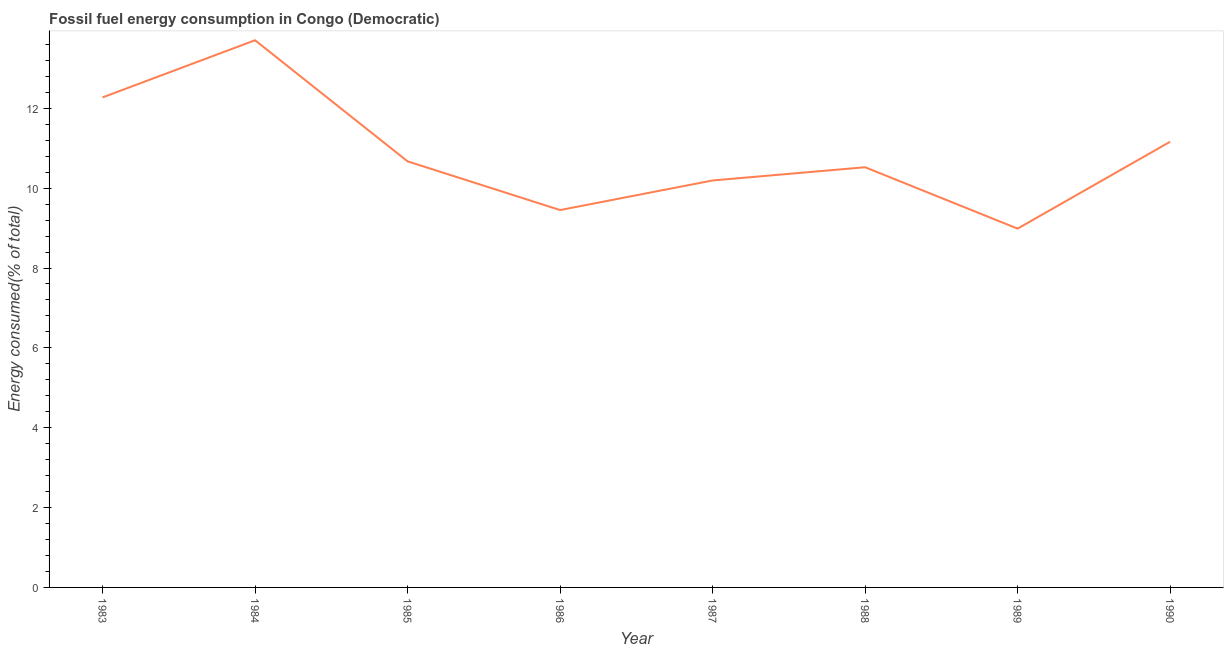
| Year | Fossil fuel energy consumption (% of total) |
 | --- | --- |
 | 1983 | 12.3 |
 | 1984 | 13.7 |
 | 1985 | 10.7 |
 | 1986 | 9.45 |
 | 1987 | 10.2 |
 | 1988 | 10.5 |
 | 1989 | 8.99 |
 | 1990 | 11.2 |